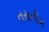
તસનીમ